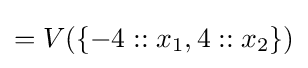
=V(\{-4::x_{1},4::x_{2}\})